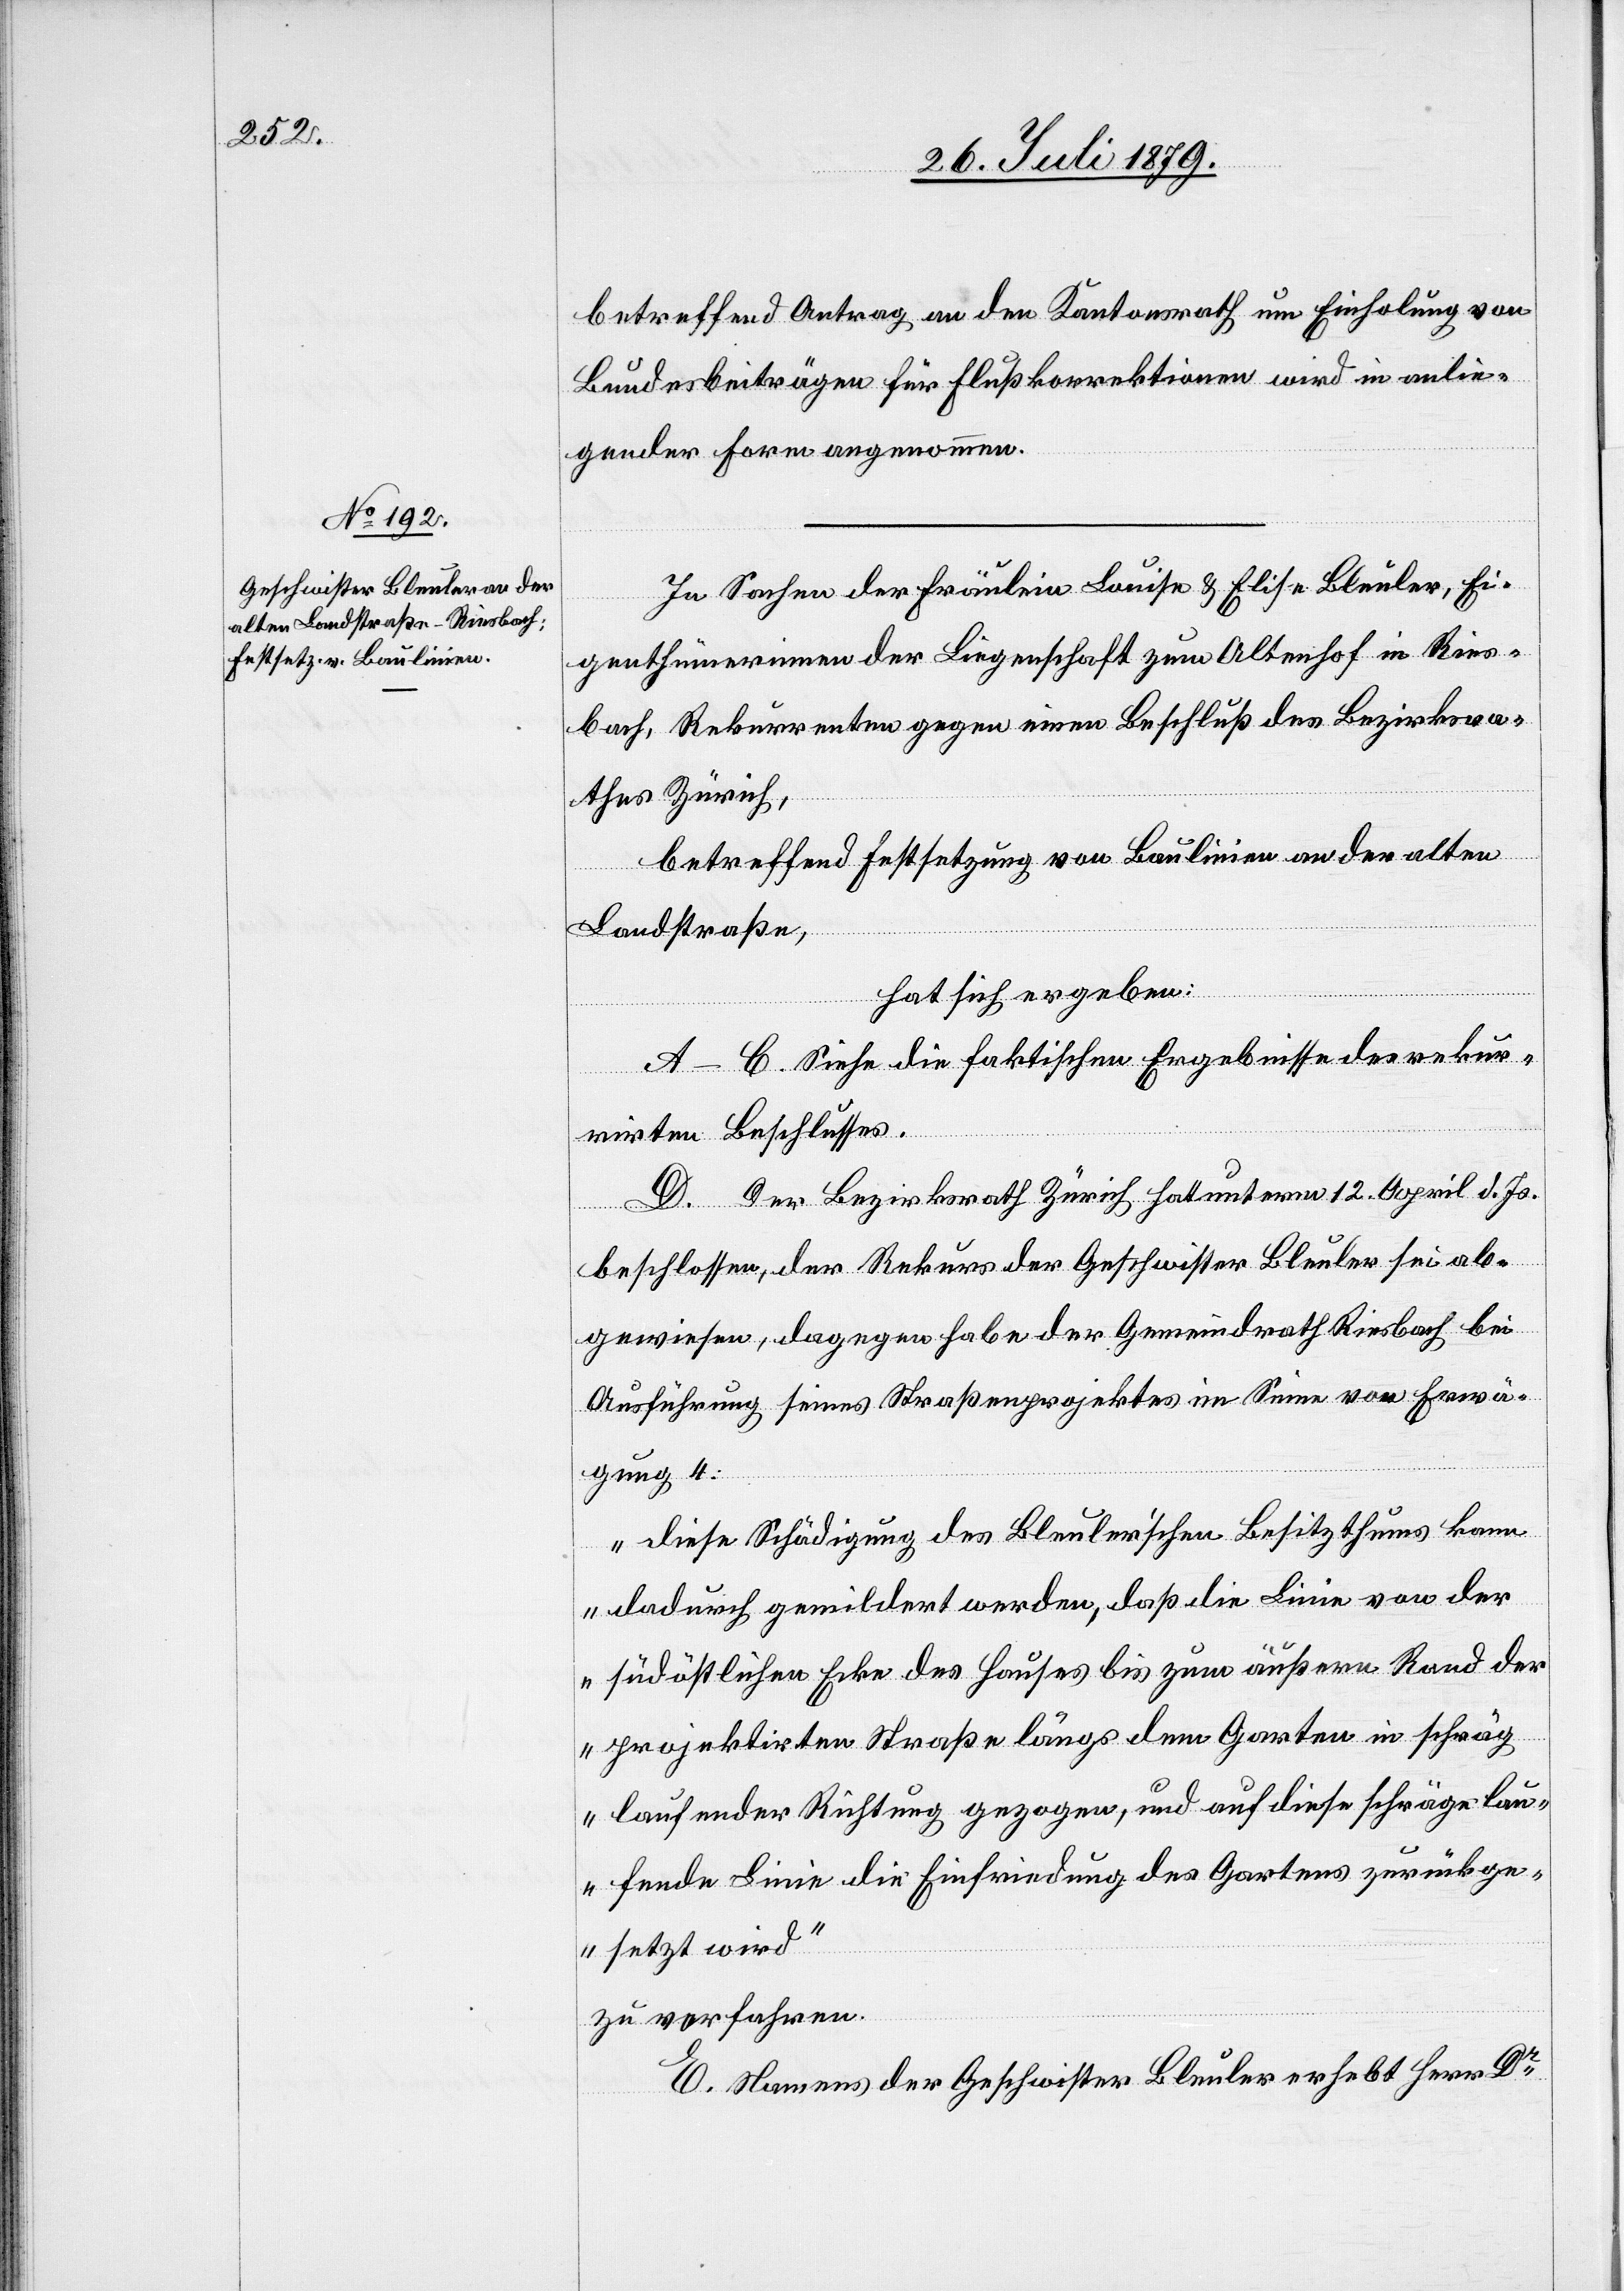
betreffend Antrag an den Kantonsrath um Einholung von
Bundesbeiträgen für Flußkorrektionen wird in anlie¬
gender Form angenommen.
In Sachen der Fräulein Louise & Elise Bleuler, Ei¬
genthümerinnen der Liegenschaft zum Altenhof in Ries¬
bach, Rekurrenten gegen einen Beschluß des Bezirksra¬
thes Zürich,
betreffend Festsetzung von Baulinien an der alten
Landstraße,
hat sich ergeben:
A–C. Siehe die faktischen Ergebnisse des rekur¬
rirten Beschlusses.
D. Der Bezirksrath Zürich hat unterm 12. April d. Js.
beschlossen, der Rekurs der Geschwister Bleuler sei ab¬
gewiesen, dagegen habe der Gemeindrath Riesbach bei
Ausführung seines Straßenprojektes im Sinne von Erwä¬
gung 4:
„diese Schädigung des Bleuler’schen Besitzthums kann
dadurch gemildert werden, daß die Linie von der
südöstlichen Ecke des Hauses bis zum äußern Rand der
projektirten Straße längs dem Garten in schräg
laufender Richtung gezogen, und auf diese schräge lau¬
fende Linie die Einfriedung des Gartens zurückge¬
setzt wird“
zu verfahren.
E. Namens der Geschwister Bleuler erhebt Herr Dr